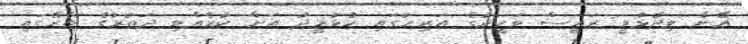
އޭނާ ވިދާޅުވީ ރައީސް ވަހީދުގެ އަރިހުގައި ހުޅުމީދު އަށް ކުރެއްވި ދަތުރުގެ ތެރޭގައި